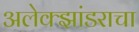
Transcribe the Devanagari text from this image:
अलेक्झांडराचा